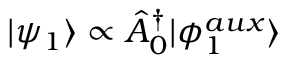
| \psi _ { 1 } \rangle \propto \hat { A } _ { 0 } ^ { \dagger } | \phi _ { 1 } ^ { a u x } \rangle